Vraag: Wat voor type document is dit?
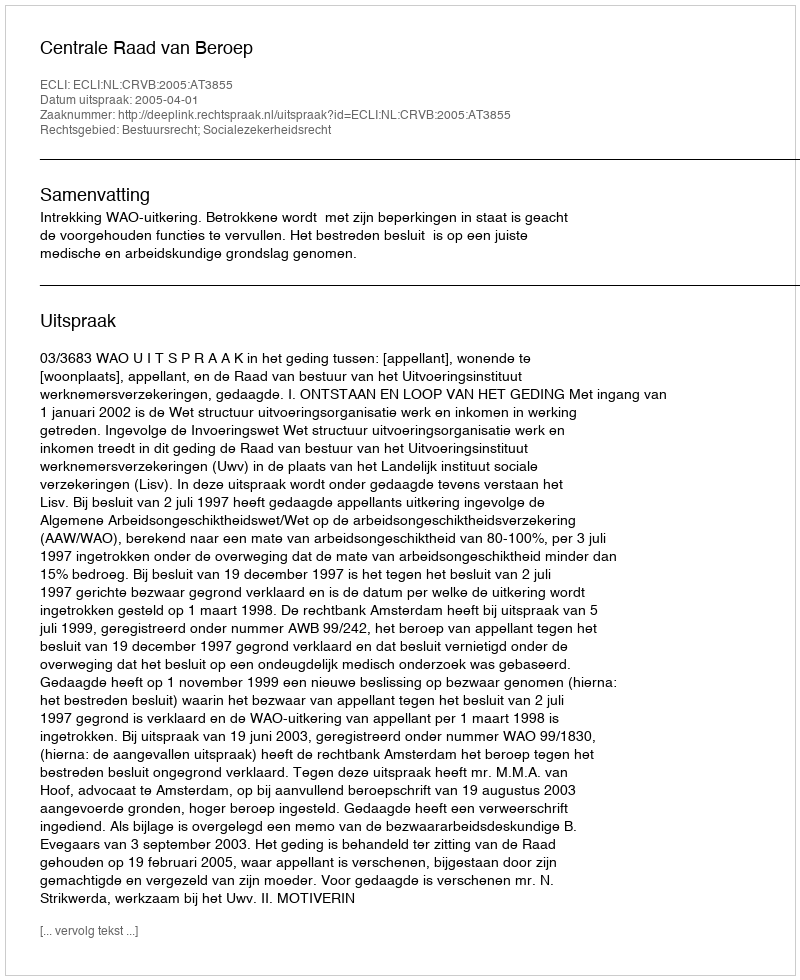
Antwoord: Uitspraak